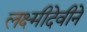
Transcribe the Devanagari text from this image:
लक्ष्मीदेवीने